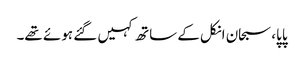
پاپا، سبحان انکل کے ساتھ کہیں گئے ہوئے تھے۔